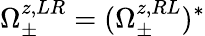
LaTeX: \Omega_{\pm}^{z,LR}=(\Omega_{\pm}^{z,RL})^{*}